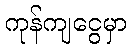
ကုန်ကျငွေမှာ